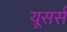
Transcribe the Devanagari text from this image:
यूसर्स